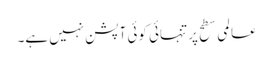
عالمی سطح پر تنہائی کوئی آپشن نہیں ہے۔